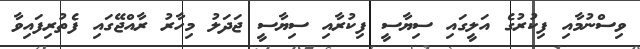
ވިސްނުމާއި ފިކުރުގެ އަލީގައި ސިޔާސީ ފިކުރާއި ސިޔާސީ ޖަދަލު މިހާރު ރާއްޖޭގައި ފެތުރިފައިވާ